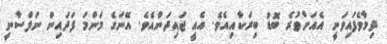
ދިމާވެފައިވަނީ އެއަށްވުރެ ބޮޑު ބިރަކާއިއެވެ. އެއީ ޖައިދަންއެވެ. އޭނަގެ މަންމަ ފަދައިން ނަފްސާނީ